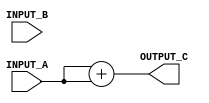
/******************************************************************************
* Module: Private - Adder Block 
*
*
* Description: This is a simple combination block. It is an adder block that adds
*              two 32-bit data inputs to each other (A and B) and produces the 
*              output to the 32-bit port C.
*
*
*******************************************************************************/
//********************Port Declaration*************************//

module Adder  #(

parameter Data_Size_A = 32 ,                                //initialize a parameter variable with value 32 
parameter Data_Size_B = 32 ,                                //initialize a parameter variable with value 32 
parameter Data_Size_C = 32 )                                //initialize a parameter variable with value 32 

(
  
input wire [Data_Size_A-1 :0]              INPUT_A  , //Declaring the Variable As an Input Port
input wire [Data_Size_B-1 :0]              INPUT_B  , //Declaring the Variable As an Input Port
output reg [Data_Size_C-1 :0]              OUTPUT_C   //Declaring the Variable As an Output Port
  
);

                   
//*************************** The RTL Code *****************************//
//**************** Starting Combinational Always Block *****************//

always @ (*)

begin 

 OUTPUT_C = ( INPUT_A + INPUT_A ) ; // Adding The 2 Inputs And The Sum Is the Output
 
end 

//**********************************************************************//

endmodule